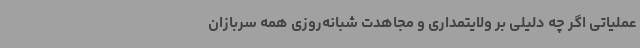
عملیاتی اگر چه دلیلی بر ولایتمداری و مجاهدت شبانه‌روزی همه سربازان